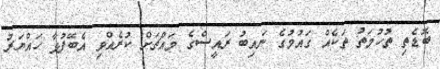
ބޮޑެތި ތުހުމަތު ތަކެއް ގައުމުގެ ނައިބު ރައީސްގެ މައްޗަށް ކުރެއްވި އެބޭފުޅާ ހައްޔަރު